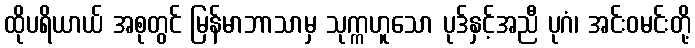
ထိုပရိယာယ် အစုတွင် မြန်မာဘာသာမှ သုက္ကဟူသော ပုဒ်နှင့်အညီ ပုဂံ၊ အင်းဝမင်းတို့